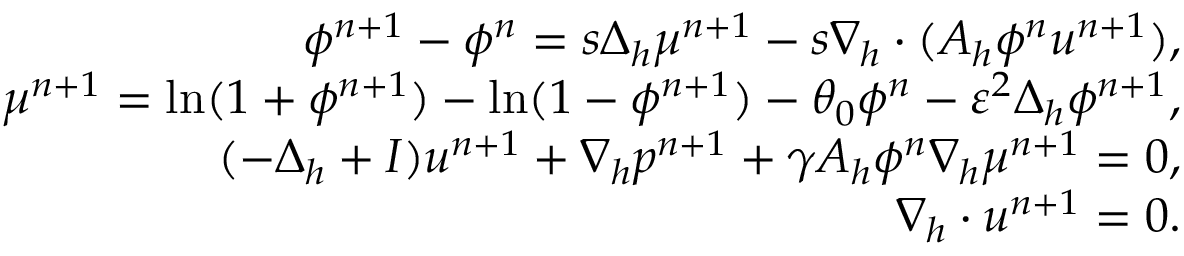
\begin{array} { r l r } & { } & { \phi ^ { n + 1 } - \phi ^ { n } = s \Delta _ { h } \mu ^ { n + 1 } - s \nabla _ { h } \cdot ( A _ { h } \phi ^ { n } \boldsymbol { u } ^ { n + 1 } ) , } \\ & { } & { \mu ^ { n + 1 } = \ln ( 1 + \phi ^ { n + 1 } ) - \ln ( 1 - \phi ^ { n + 1 } ) - \theta _ { 0 } \phi ^ { n } - \varepsilon ^ { 2 } \Delta _ { h } \phi ^ { n + 1 } , } \\ & { } & { ( - \Delta _ { h } + I ) \boldsymbol { u } ^ { n + 1 } + \nabla _ { h } p ^ { n + 1 } + \gamma A _ { h } \phi ^ { n } \nabla _ { h } \mu ^ { n + 1 } = 0 , } \\ & { } & { \nabla _ { h } \cdot \boldsymbol { u } ^ { n + 1 } = 0 . } \end{array}